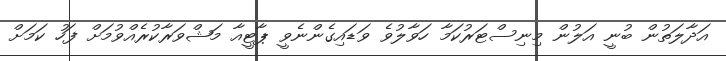
އަދާލަތުން ބުނީ އަލުން މިނިސްޓަރުކަމާ ހަވާލުވެ ވަޑައިގެންނެވީ ޕާޓީއާ މަޝްވަރާކުރެއްވުމަށް ފަހު ކަމަށް